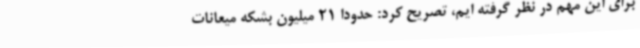
برای این مهم در نظر گرفته ایم، تصریح کرد: حدودا 21 میلیون بشکه میعانات